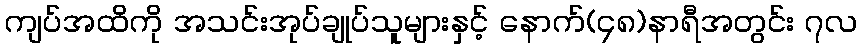
ကျပ်အထိကို အသင်းအုပ်ချုပ်သူများနှင့် နောက်(၄၈)နာရီအတွင်း ၇လ